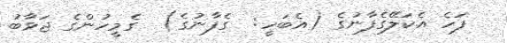
ފަހެ އެކަލޭގެފާނުގެ (އެބަހީ:  ގެފާނުގެ)  ގެމީހުންގެ ޖަވާބު